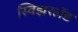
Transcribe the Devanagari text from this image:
स्विझरलॅड